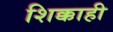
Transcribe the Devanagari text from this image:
शिक्काही